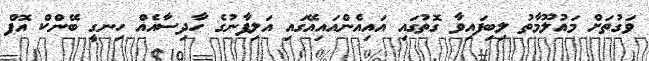
ވަގުތަށް މައުލޫމާތު ލިބިފައިވާ ގޮތުގައި އައިއެންއައިއޭގައި އަލިފާނުގެ ހާދިސާއެއް ހިނގީ ބޭންކް އޮފް